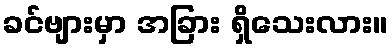
ခင်ဗျားမှာ အခြား ရှိသေးလား။